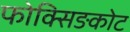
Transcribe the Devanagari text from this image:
फोक्सिङकोट